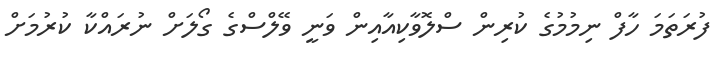
ފުރަތަމަ ހާފް ނިމުމުގެ ކުރިން ސްލޮވާކިއާއިން ވަނީ ވޭލްސްގެ ގޯލަށް ނުރައްކާ ކުރުމަށް